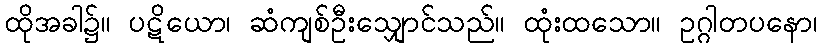
ထိုအခါ၌။ ပဋိယော၊ ဆံကျစ်ဦးသျှောင်သည်။ ထုံးထသော။ ဥဂ္ဂါတပနော၊